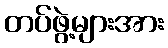
တပ်ဖွဲ့များအား